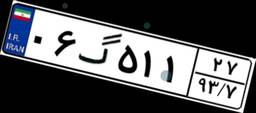
۰۶گ۵۱۱۲۷